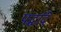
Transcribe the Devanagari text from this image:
पद्धदि